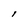
Character: l